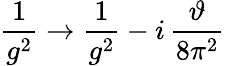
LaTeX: \frac{1}{g^{2}}\to\frac{1}{g^{2}}-i\, \frac{\vartheta}{8\pi^{2}}